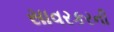
સાવરકરની